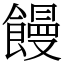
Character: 饅